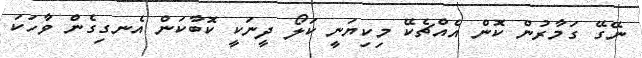
ނޭގޭ ގަމާރުން ކޮން އެއްޗެކޭ މިކިޔަނީ ކަލޯ ދީނަކީ ކޮބާކަން އެނގިގެން ވާހަކަ